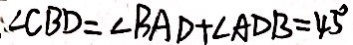
\angle C B D = \angle B A D + \angle A D B = 4 5 ^ { \circ }